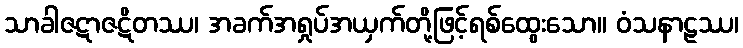
သာခါဇဋာဇဋိတဿ၊ အခက်အရှုပ်အယှက်တို့ဖြင့်ရစ်ထွေးသော။ ဝံသနာဠဿ၊